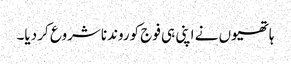
ہاتھیوں نے اپنی ہی فوج کوروندناشروع کر دیا۔